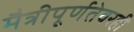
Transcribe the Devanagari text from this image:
मैत्रीपूर्णतेवरही